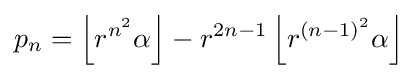
p_{n}=\left\lfloor r^{n^{2}}\alpha \right\rfloor -r^{2n-1}\left\lfloor r^{(n-1)^{2}}\alpha \right\rfloor